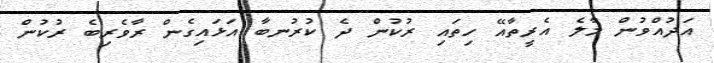
އަދުއްވުން މާލެ އެރީތާއޭ ހިތައި ރުކުން ދެ ކުރުނބާ އަޅައިގެން ރާވެރިބެ ރުކުން